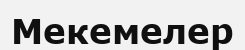
Мекемелер